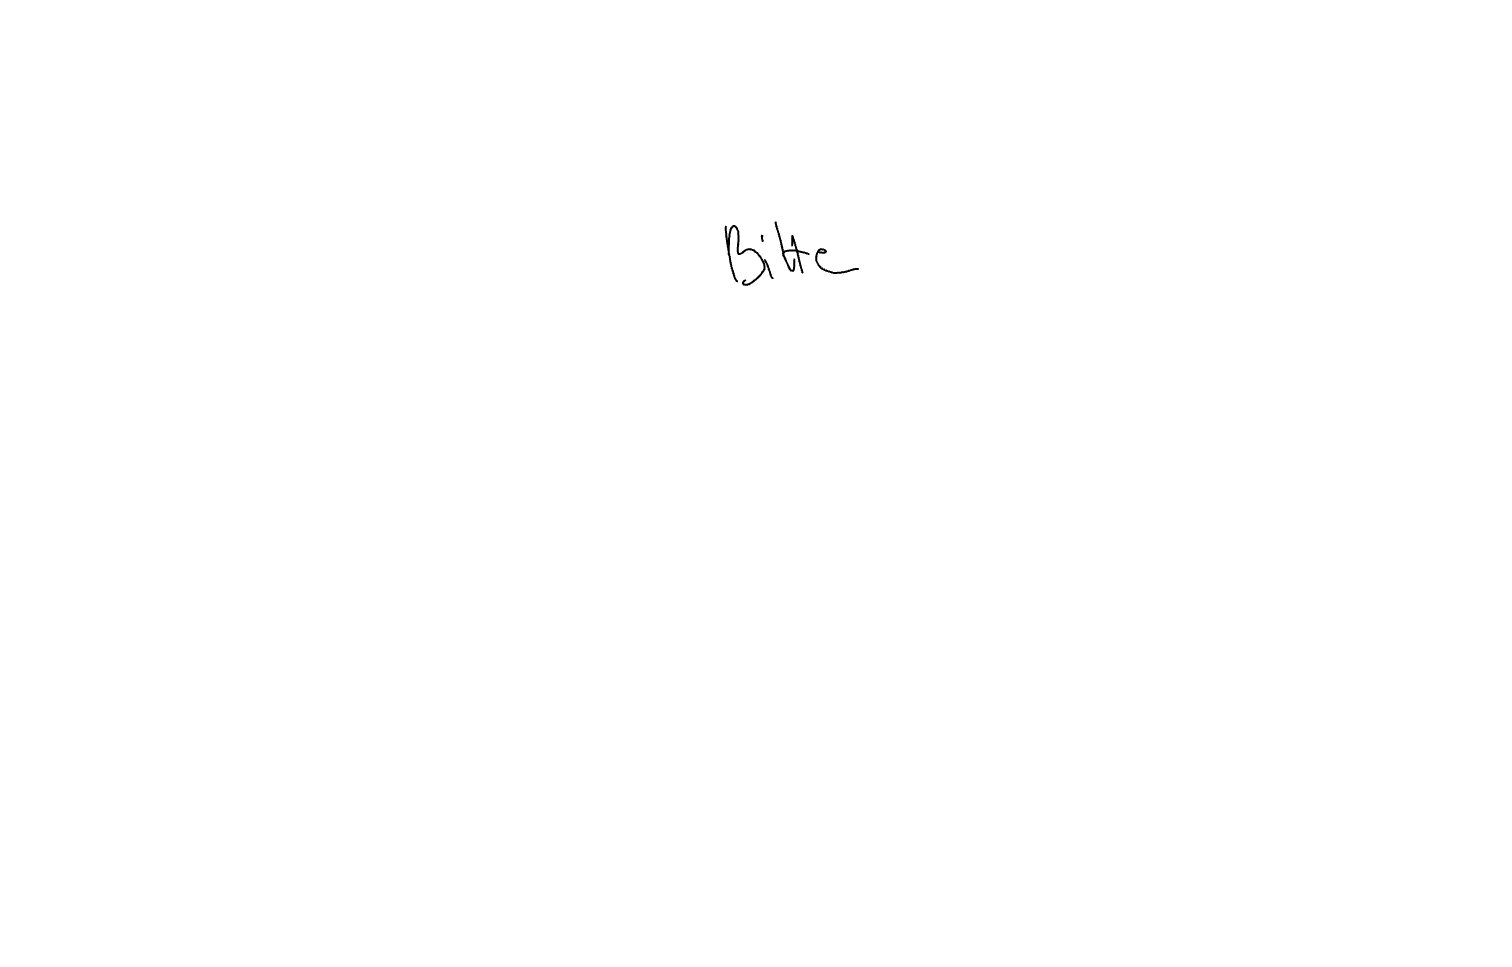
Text: Bitte